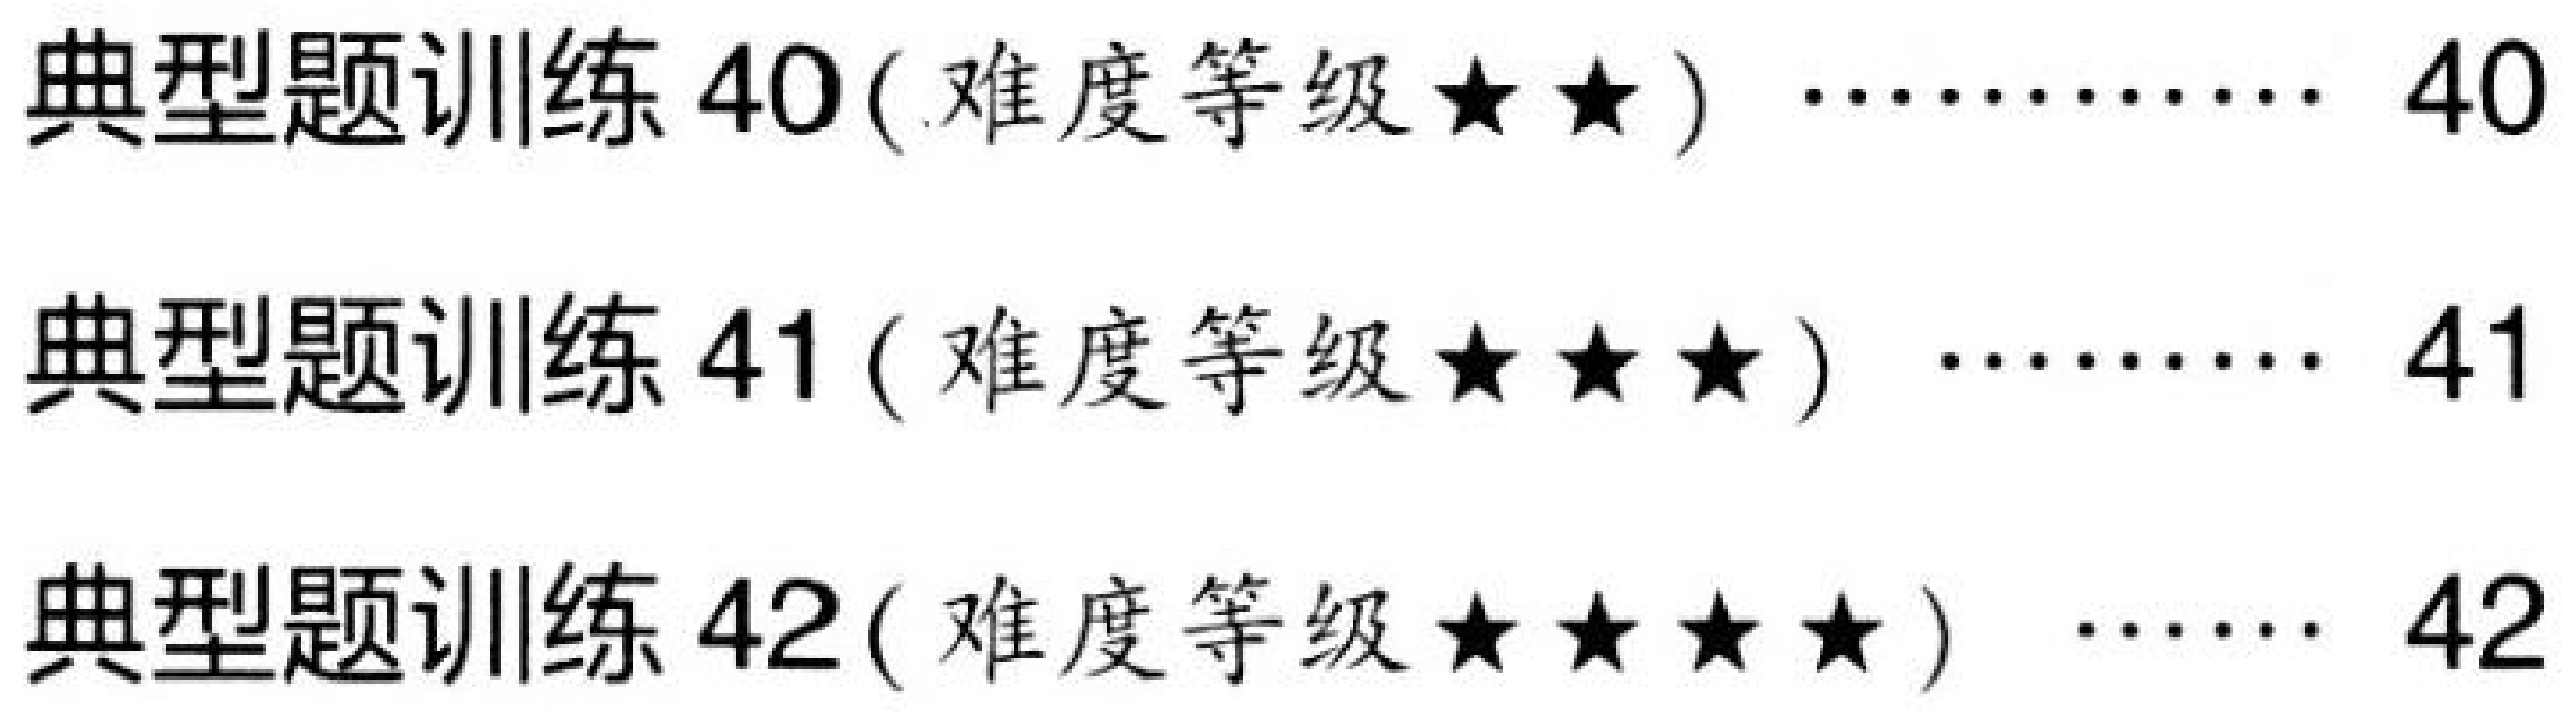
典型题训练\(40\) ( 难度等级\(\star\star\) )  ………… \(40\)
典型题训练\(41\) ( 难度等级\(\star\star\star\) )  ……… \(41\)
典型题训练\(42\) ( 难度等级\(\star\star\star\star\) )  …… \(42\)